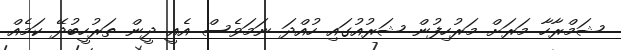
ޝަމްރާހާ މަރަށް މަރުހިފުން ޝަރުއުގައި ހުއްދަ ނަމަވެސް އެއީ ދީން ތަރުހީބުދޭ ކަމެއް